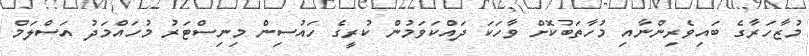
މުޒާހަރާގެ ބައިވެރިންނާއި މުހާތަބުކޮށް ވާހަކަ ދައްކަވަމުން ކުރީގެ ހައުސިން މިނިސްޓަރު މުހައްމަދު އަސްލަމް